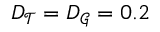
D _ { \mathcal { T } } = D _ { \mathcal { G } } = 0 . 2